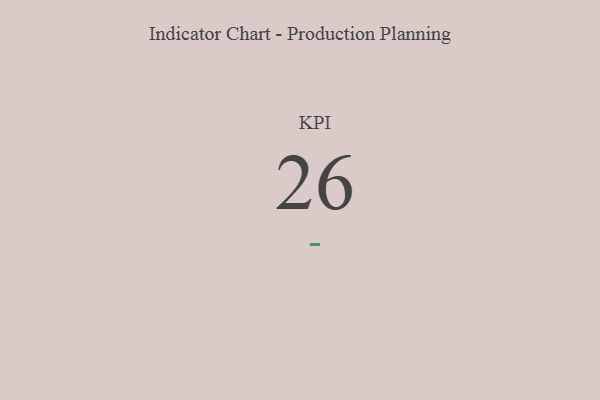
{"axis": {"x": "KPI", "y": "Value"}, "legend": [""], "data": [{"x": "KPI", "y": 26, "type": ""}]}